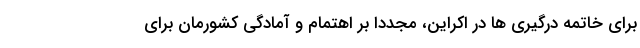
برای خاتمه درگیری ها در اکراین، مجددا بر اهتمام و آمادگی کشورمان برای